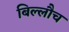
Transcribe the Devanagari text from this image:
बिल्लौच